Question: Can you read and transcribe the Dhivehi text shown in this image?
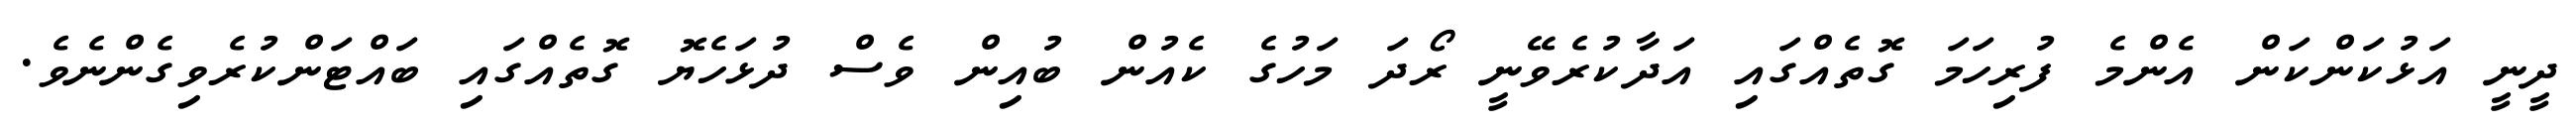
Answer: ދީނީ އަޅުކަންކަން އެންމެ ފުރިހަމަ ގޮތެއްގައި އަދާކުރެވޭނީ ރޯދަ މަހުގެ ކެއުން ބުއިން ވެސް ދުޅަހެޔޮ ގޮތެއްގައި ބައްޓަންކުރެވިގެންނެވެ.